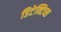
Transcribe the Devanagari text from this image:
डिटेक्टिव्स